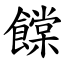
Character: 饓